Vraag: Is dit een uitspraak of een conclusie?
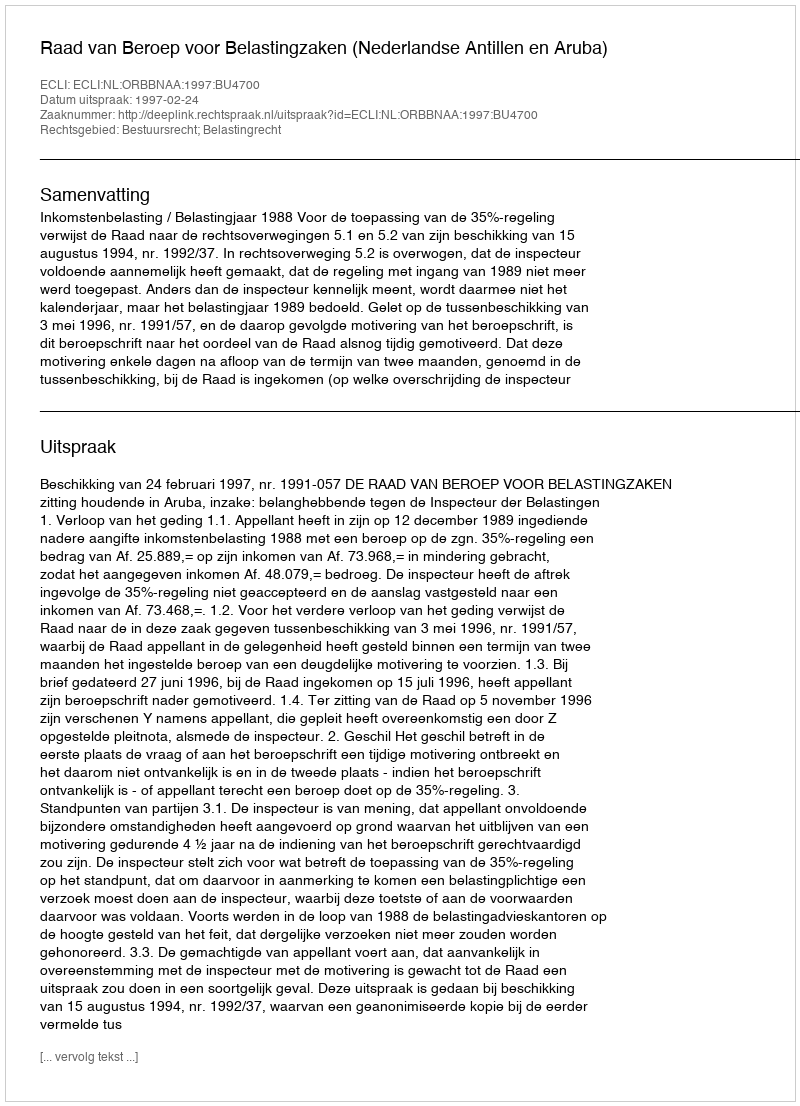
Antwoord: Uitspraak